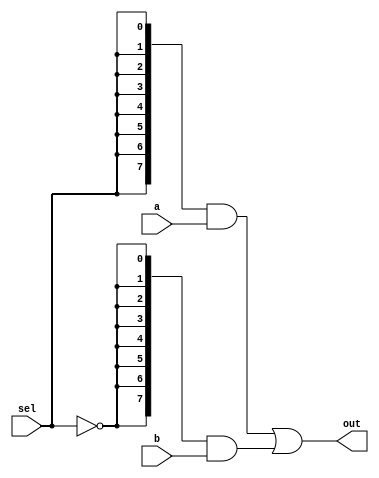
module top_module (
    input sel,
    input [7:0] a,
    input [7:0] b,
    output [7:0] out  );

    assign out = ({8{sel}} & a) | ({8{~sel}} & b);

endmodule